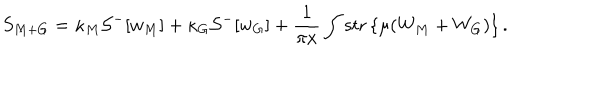
S _ { M + G } = \kappa _ { M } { \cal S } ^ { - } [ w _ { M } ] + \kappa _ { G } { \cal S } ^ { - } [ w _ { G } ] + \frac { 1 } { \pi x } \int \mathrm { s t r } \left\{ \mu ( W _ { M } + W _ { G } ) \right\} .